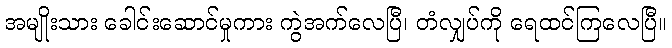
အမျိုးသား ခေါင်းဆောင်မှုကား ကွဲအက်လေပြီ၊ တံလျှပ်ကို ရေထင်ကြလေပြီ။